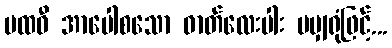
ပထဝီ အာပေါစသော ဓာတ်လေးပါး မမျှရုံဖြင့်...